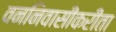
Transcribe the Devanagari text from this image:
वननिवासींकरीता